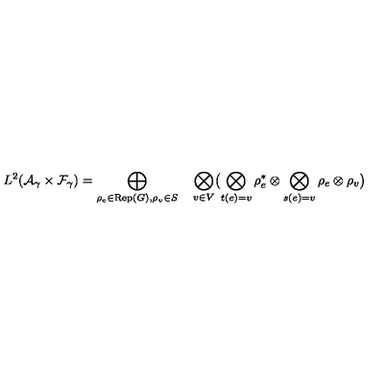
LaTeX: L ^ { 2 } ( { \cal A } _ { \gamma } \times { \cal F } _ { \gamma } ) = \bigoplus _ { \rho _ { e } \in \mathrm { R e p } ( G ) , \rho _ { v } \in S } \quad \bigotimes _ { v \in V } \bigl ( \bigotimes _ { t ( e ) = v } \rho _ { e } ^ { * } \otimes \bigotimes _ { s ( e ) = v } \rho _ { e } \otimes \rho _ { v } \bigr )